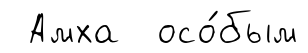
Амха осо́бым